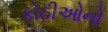
કોઠીઓનો